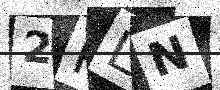
Text: 2PLN